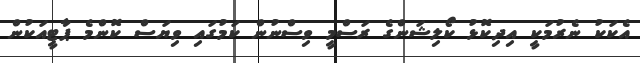
އެކަކު ނެރުމަކީ އިދިކޮޅު ކޯލިޝަންގެ ރަސްމީ ވިސްނުން ކަމުގައި ވިޔަސް ކޮންމެ ޕާޓީއަކުން